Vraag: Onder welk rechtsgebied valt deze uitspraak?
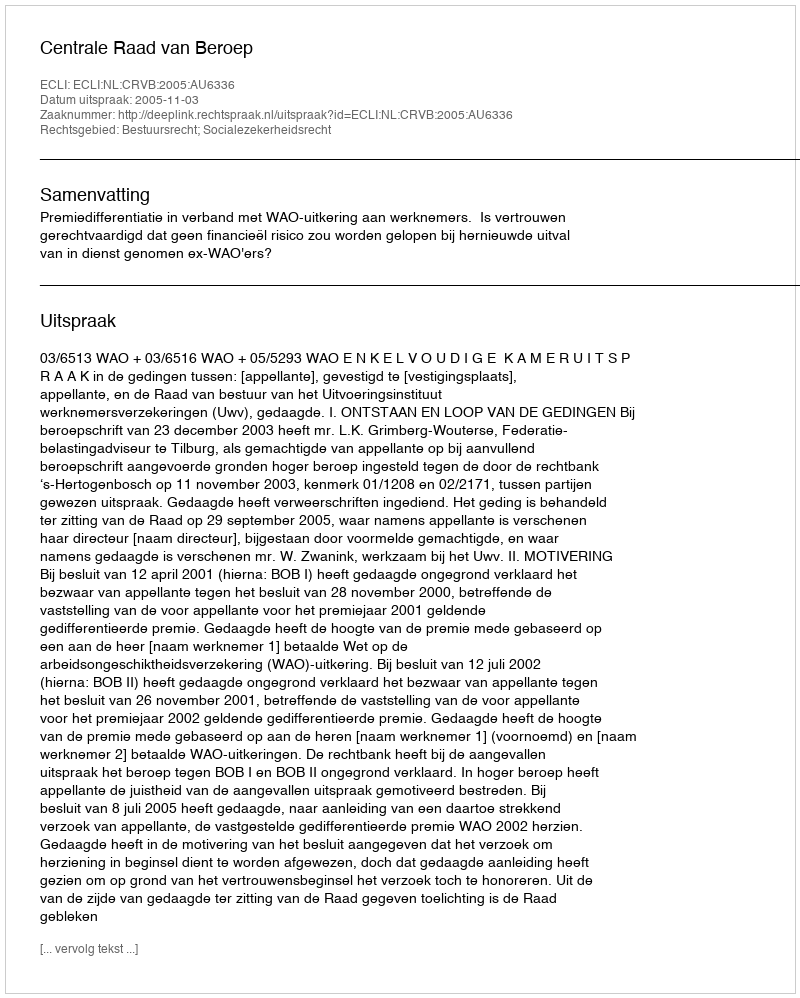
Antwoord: Bestuursrecht; Socialezekerheidsrecht